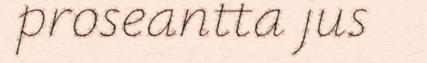
proseantta jus